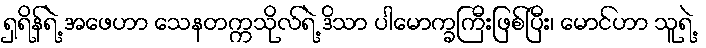
ရှရိန်ရဲ့ အဖေဟာ သေနတက္ကသိုလ်ရဲ့ ဒိသာ ပါမောက္ခကြီးဖြစ်ပြီး၊ မောင်ဟာ သူရဲ့